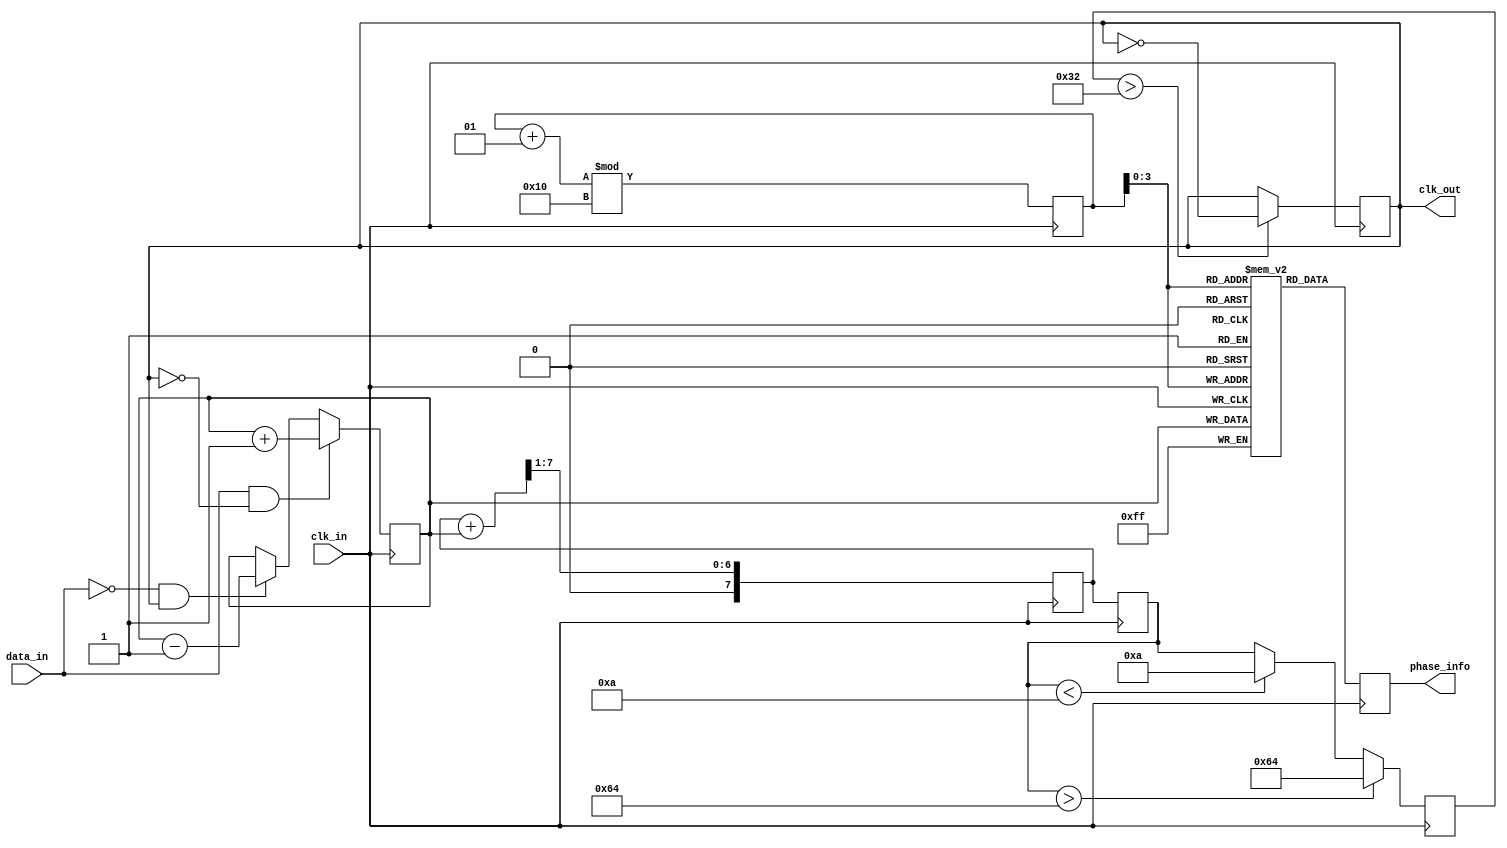
module PLL (
    input wire clk_in,          // Incoming data clock
    input wire data_in,         // Incoming data signal
    output reg clk_out,         // Output clock signal
    output reg [7:0] phase_info // Phase information storage
);

// Parameters
parameter PHASE_TOLERANCE = 1; // Phase tolerance for locking
parameter VCO_MAX_FREQ = 100;   // Maximum frequency for VCO
parameter VCO_MIN_FREQ = 10;    // Minimum frequency for VCO

// Internal signals
reg [7:0] phase_error;          // Phase error signal
reg [7:0] control_voltage;       // Control voltage for VCO
reg [7:0] vco_freq;              // Current VCO frequency
reg [7:0] loop_filter;           // Loop filter output
reg [7:0] memory_block [0:15];   // Memory blocks for phase information
integer mem_index = 0;           // Memory index

// Phase Detector
always @(posedge clk_in) begin
    // Compare the phase of data_in with the clk_out
    if (data_in && !clk_out) begin
        phase_error <= phase_error + 1; // Clock is lagging
    end else if (!data_in && clk_out) begin
        phase_error <= phase_error - 1; // Clock is leading
    end
end

// Loop Filter (simple first-order)
always @(posedge clk_in) begin
    loop_filter <= (loop_filter + phase_error) >> 1; // Simple averaging
    control_voltage <= loop_filter; // Update control voltage
end

// Voltage-Controlled Oscillator (VCO)
always @(posedge clk_in) begin
    if (control_voltage > VCO_MAX_FREQ) begin
        vco_freq <= VCO_MAX_FREQ; // Cap to max frequency
    end else if (control_voltage < VCO_MIN_FREQ) begin
        vco_freq <= VCO_MIN_FREQ; // Cap to min frequency
    end else begin
        vco_freq <= control_voltage; // Set VCO frequency
    end
end

// Memory Blocks for Phase Information
always @(posedge clk_in) begin
    memory_block[mem_index] <= phase_error; // Store phase error
    mem_index <= (mem_index + 1) % 16; // Circular buffer
    phase_info <= memory_block[mem_index]; // Output current phase info
end

// Clock Divider (simple example)
always @(posedge clk_in) begin
    if (vco_freq > 50) begin
        clk_out <= ~clk_out; // Toggle output clock
    end
end

endmodule